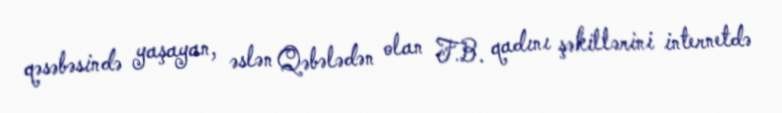
qəsəbəsində yaşayan, əslən Qəbələdən olan F.B. qadını şəkillərini internetdə